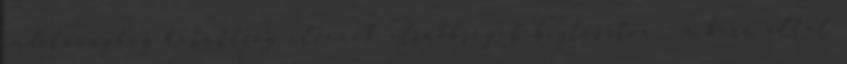
indítványhoz kötöttség elvének elsőbbséget biztosítva – a bíró által